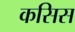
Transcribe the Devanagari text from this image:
कसिस